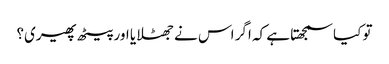
تو کیا سمجھتا ہے کہ اگر اس نے جھٹلایا اور پیٹھ پھیری؟